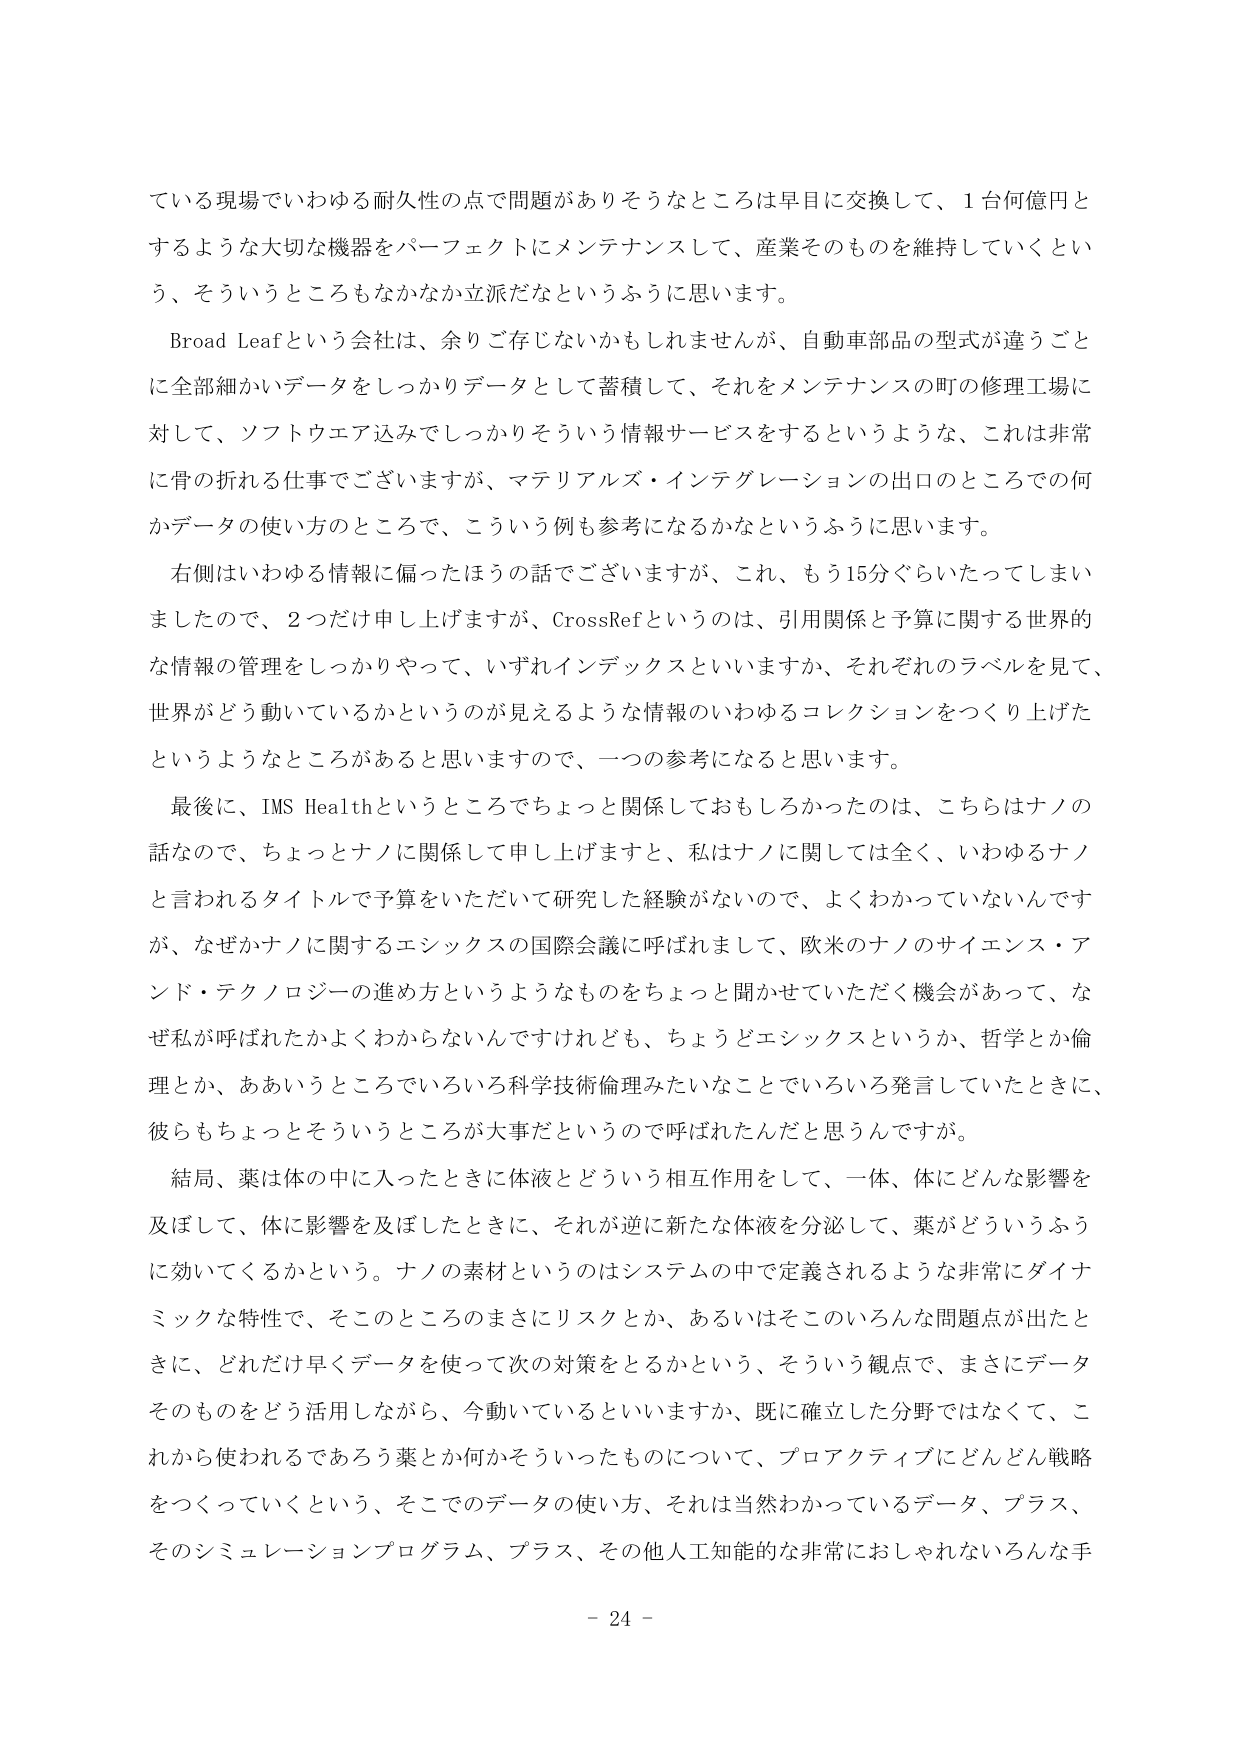
ている現場でいわゆる耐久性の点で問題がありそうなところは早目に交換して、1台何億円と
するような大切な機器をパーフェクトにメンテナンスして、産業そのものを維持していくとい
う、そういうところもなかなか立派だなというふうに思います。
Broad Leafという会社は、余りご存じないかもしれませんが、自動車部品の型式が違うごと
に全部細かいデータをしっかりデータとして蓄積して、それをメンテナンスの町の修理工場に
対して、ソフトウェア込みでしっかりそういう情報サービスをするというような、これは非常
に骨の折れる仕事でございますが、マテリアルズ・インテグレーションの出口のところでの何
かデータの使い方のところで、こういう例も参考になるかなというふうに思います。
右側はいわゆる情報に偏ったほうの話でございますが、これ、もう15分ぐらいたってしまい
ましたので、2つだけ申し上げますが、CrossRefというのは、引用関係と予算に関する世界的
な情報の管理をしっかりやって、いずれインデックスといいますか、それぞれのラベルを見て、
世界がどう動いているかというのが見えるような情報のいわゆるコレクションをつくり上げた
というようなところがあると思いますので、一つの参考になると思います。
最後に、IMS Healthというところでもちょっと関係しておもしろかったのは、こちらはナノの
話なので、ちょっとナノに関係して申し上げますと、私はナノに関しては全く、いわゆるナノ
と言われるタイトルで予算をいただいて研究した経験がないので、よくわかってないんです
が、なぜかナノに関するエシックスの国際会議に呼ばれまして、欧米のナノのサイエンス・ア
ンド・テクノロジーの進め方というようなものをちょっと聞かせていただく機会があって、な
ぜ私が呼ばれたかよくわからないんですけれども、ちょうどエシックスというか、哲学とか倫
理とか、ああいうところでいろいろ科学技術倫理みたいなことでいろいろ発言していたときに、
彼らもちょっとそういうところが大事だというので呼ばれたんだと思うんですが。
結局、薬は体の中に入ったときに体液とどういう相互作用をして、一体、体にどんな影響を
及ぼして、体に影響を及ぼしたときに、それが逆に新たな体液を分泌して、薬がどういうふう
に効いてくるかという。ナノの素材というのはシステムの中で定義されるような非常にダイナ
ミックな特性で、そこのところのまさにリスクとか、あるいはそこのいろんな問題が出たと
きに、どれだけ早くデータを使って次の対策をとるかという、そういう観点で、まさにデータ
そのものをどう活用しながら、今動いているといいますか、既に確立した分野ではなくて、こ
れから使われるであろう薬とか何かそういったものについて、プロアクティブにどんどん戦略
をつくっていくという、そこでのデータの使い方、それは当然わかっているデータ、プラス、
そのシミュレーションプログラム、プラス、その他人工知能的な非常におしゃれないろんな手
- 24 -